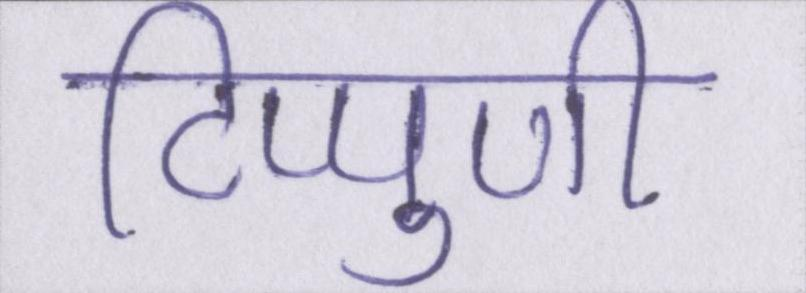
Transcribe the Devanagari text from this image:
टिप्पुणी